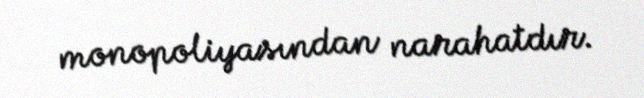
monopoliyasından narahatdır.